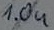
Text: 1.0u